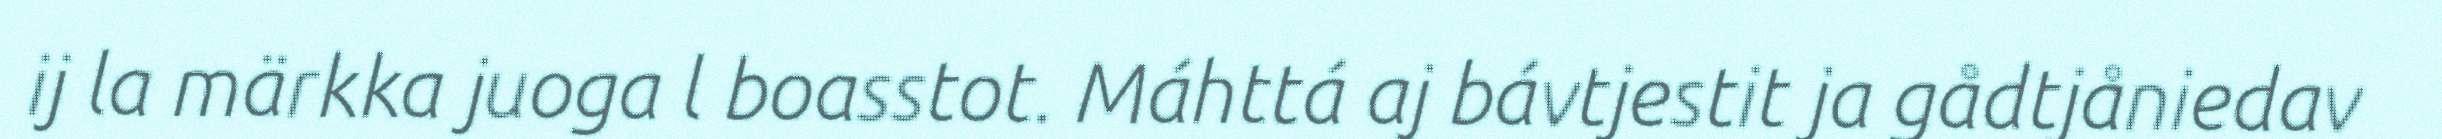
ij la märkka juoga l boasstot. Máhttá aj bávtjestit ja gådtjåniedav